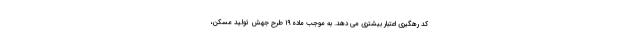
کد رهگیری اعتبار بیشتری می دهد. به موجب ماده ۱۹ طرح جهش تولید مسکن،